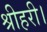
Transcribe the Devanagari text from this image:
श्रीहरी।